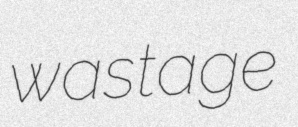
wastage